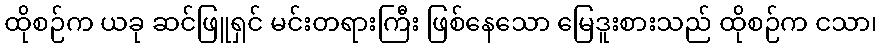
ထိုစဉ်က ယခု ဆင်ဖြူရှင် မင်းတရားကြီး ဖြစ်နေသော မြေဒူးစားသည် ထိုစဉ်က ငသာ၊